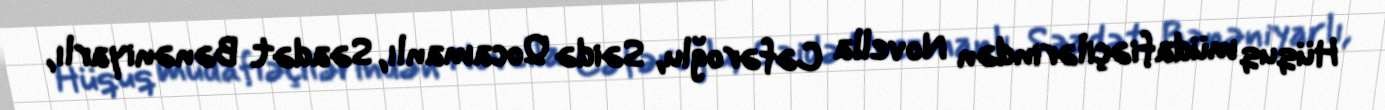
Hüquq müdafiəçilərindən Novella Cəfəroğlu, Səidə Qocamanlı, Səadət Bənəniyarlı,